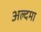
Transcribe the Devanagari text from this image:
अल्दमा